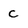
Character: C